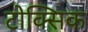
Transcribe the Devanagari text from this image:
टोक्सिक